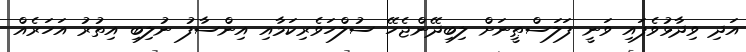
އަދި ވިދާޅުވެފައި ވަނީ ފަލަސްޠީނަށް ލިބިދޭންޖެހޭ ސުލްހަވެރިކަމާއި އިންސާފު ނުލިބި އިތުރު އަހަރެއް